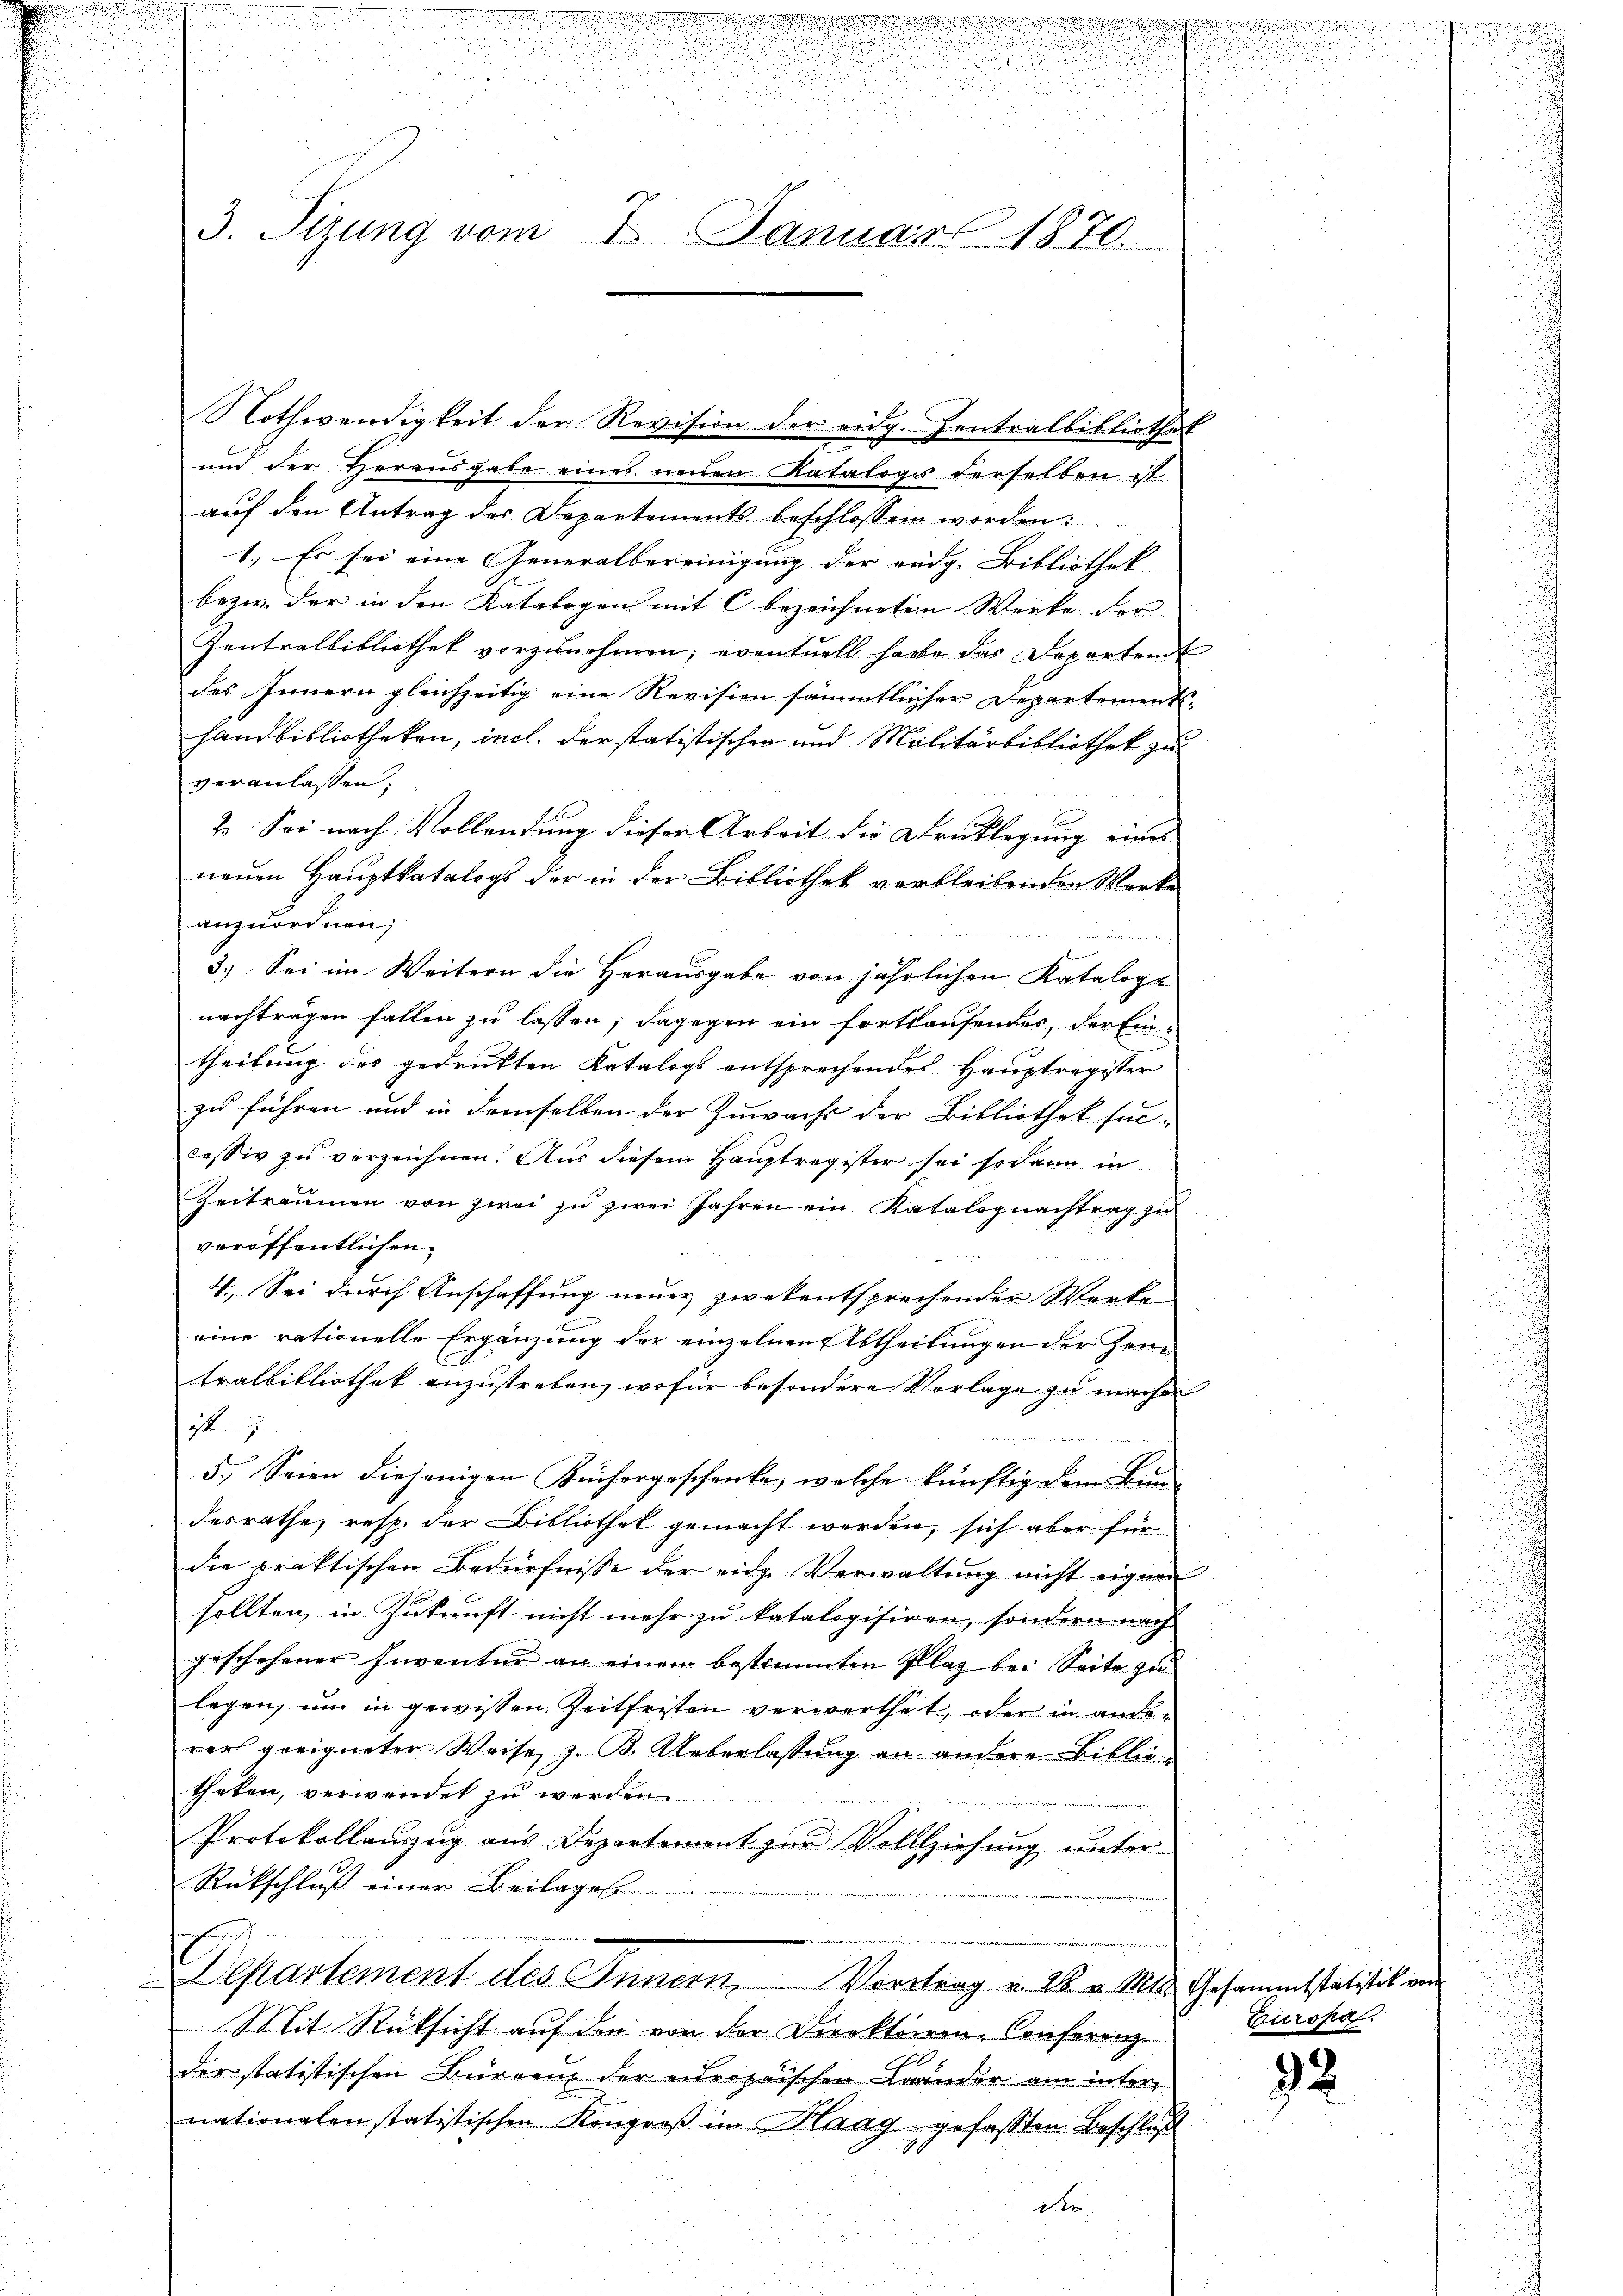
d
n
u

.
.
u
3. Sizung vom
2 Januar 1870.

Nothwendigkeit der Revision der eidg. Zentralbibliothek
und der Herausgabe eines neuen Katalogis derselben ist
auf den Antrag des Departements beschlossen worden:
1.) Es sei eine Generalbereinigung der ordg. Bibliothek
bezw. der in den Katalogen mit C bezeichneten Werke der
Zentralbibliothek vorzunehmen; eventuell habe das Departende
des Innern gleichzeitig eine Revision sämmtlicher Departement-
handbibliotheken, incl. der statistischen und Malitärbibliothek zu
veranlassen.
2. Sei nach Vollendung dieser Arbeit die Drucklegung eines
neuen Hauptkatalogs der in der Bibliothek verbleibenden Werke
anzuordnen;
3.) Sei im Weitern die Herausgabe von jährlichen Kataloge
nachträgen fallen zu lassen; dagegen ein fortlaufendes, der Eintheilung des gedrukten Katalogs entsprechendes Hauptregister
zu führen und in demselben der Zuwacht der Bibliothek sei-
cessiv zu verzeichnen. Aus diesem Hauptregister sei sodann in
Zeitraumen von zwei zu zwei Jahren ein Katalognachtrag zu
veröffentlichen
4. Sei durch Anschaffung neuer zwekentsprechender Werke
eine rationelle Ergänzung der einzelnen Abtheilungen der Zeitralbibliothek anzustreben, wofür besondere Vorlage zu machen
H
5.) Seien diejenigen Küchergeschenke, welche künftig dem Bun-
desrathe, resp. der Bibliothek gemacht werden, sich aber für
die praktischen Bedürfnisse der eidge Verwaltung nicht eignen
sollten, in Zukunft nicht mehr zu katalogisiren, sondern nach
geschehener Inventur an einen bestimmten Plaz bei Seite zu
legen, um in gewissen Zeitfristen verwerthet, oder in andewort geeigneter Weise, z. B. Ueberlassung an andere Bibliotheten, verwendet zu werden.
Protokollauszug aus Departement zur Vollziehung unter¬
Rückschluß einer Beilages
Departement des Innern, Vortrag v. 28. v. Mts. Gesammtstatisick von
Mit Rücksicht auf den von der Direktiren-Conferenz
der statistischen Burrenz der europaischen Bränder am internationalen statistischen Kongreß in Maag gefassten Beschluß
d

s

d

gan wi

Europa.

92